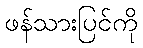
ဖန်သားပြင်ကို